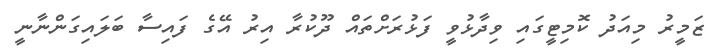
ޒަމީރު މިއަދު ކޮމިޓީގައި ވިދާޅުވީ ފަޅުރަށްތައް ދޫކުރާ އިރު އޭގެ ފައިސާ ބަލައިގަންނާނީ